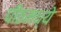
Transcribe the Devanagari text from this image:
पीठमध्ये